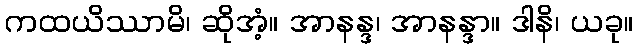
ကထယိဿာမိ၊ ဆိုအံ့။ အာနန္ဒ၊ အာနန္ဒာ။ ဒါနိ၊ ယခု။